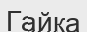
Гайка